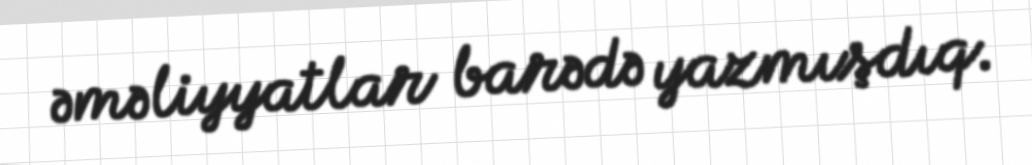
əməliyyatlar barədə yazmışdıq.